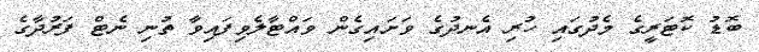
ބޮޑު ކޮޓަރީގެ މެދުގައި ހުރި އެނދުގެ ވަށައިގެން ވައްޓާލެވިފައިވާ ތުނި ނެޓް ފަރުދާގެ